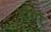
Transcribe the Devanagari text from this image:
डोगों